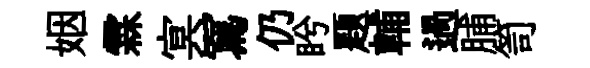
姻霖㝠冩仍盻題輔過脯笥